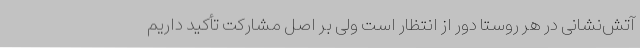
آتش‌نشانی در هر روستا دور از انتظار است ولی بر اصل مشارکت تأکید داریم